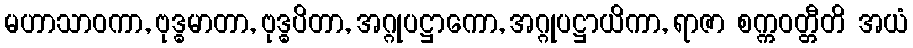
မဟာသာဝကာ, ဗုဒ္ဓမာတာ, ဗုဒ္ဓပိတာ, အဂ္ဂုပဋ္ဌာကော, အဂ္ဂုပဋ္ဌာယိကာ, ရာဇာ စက္ကဝတ္တီတိ အယံ